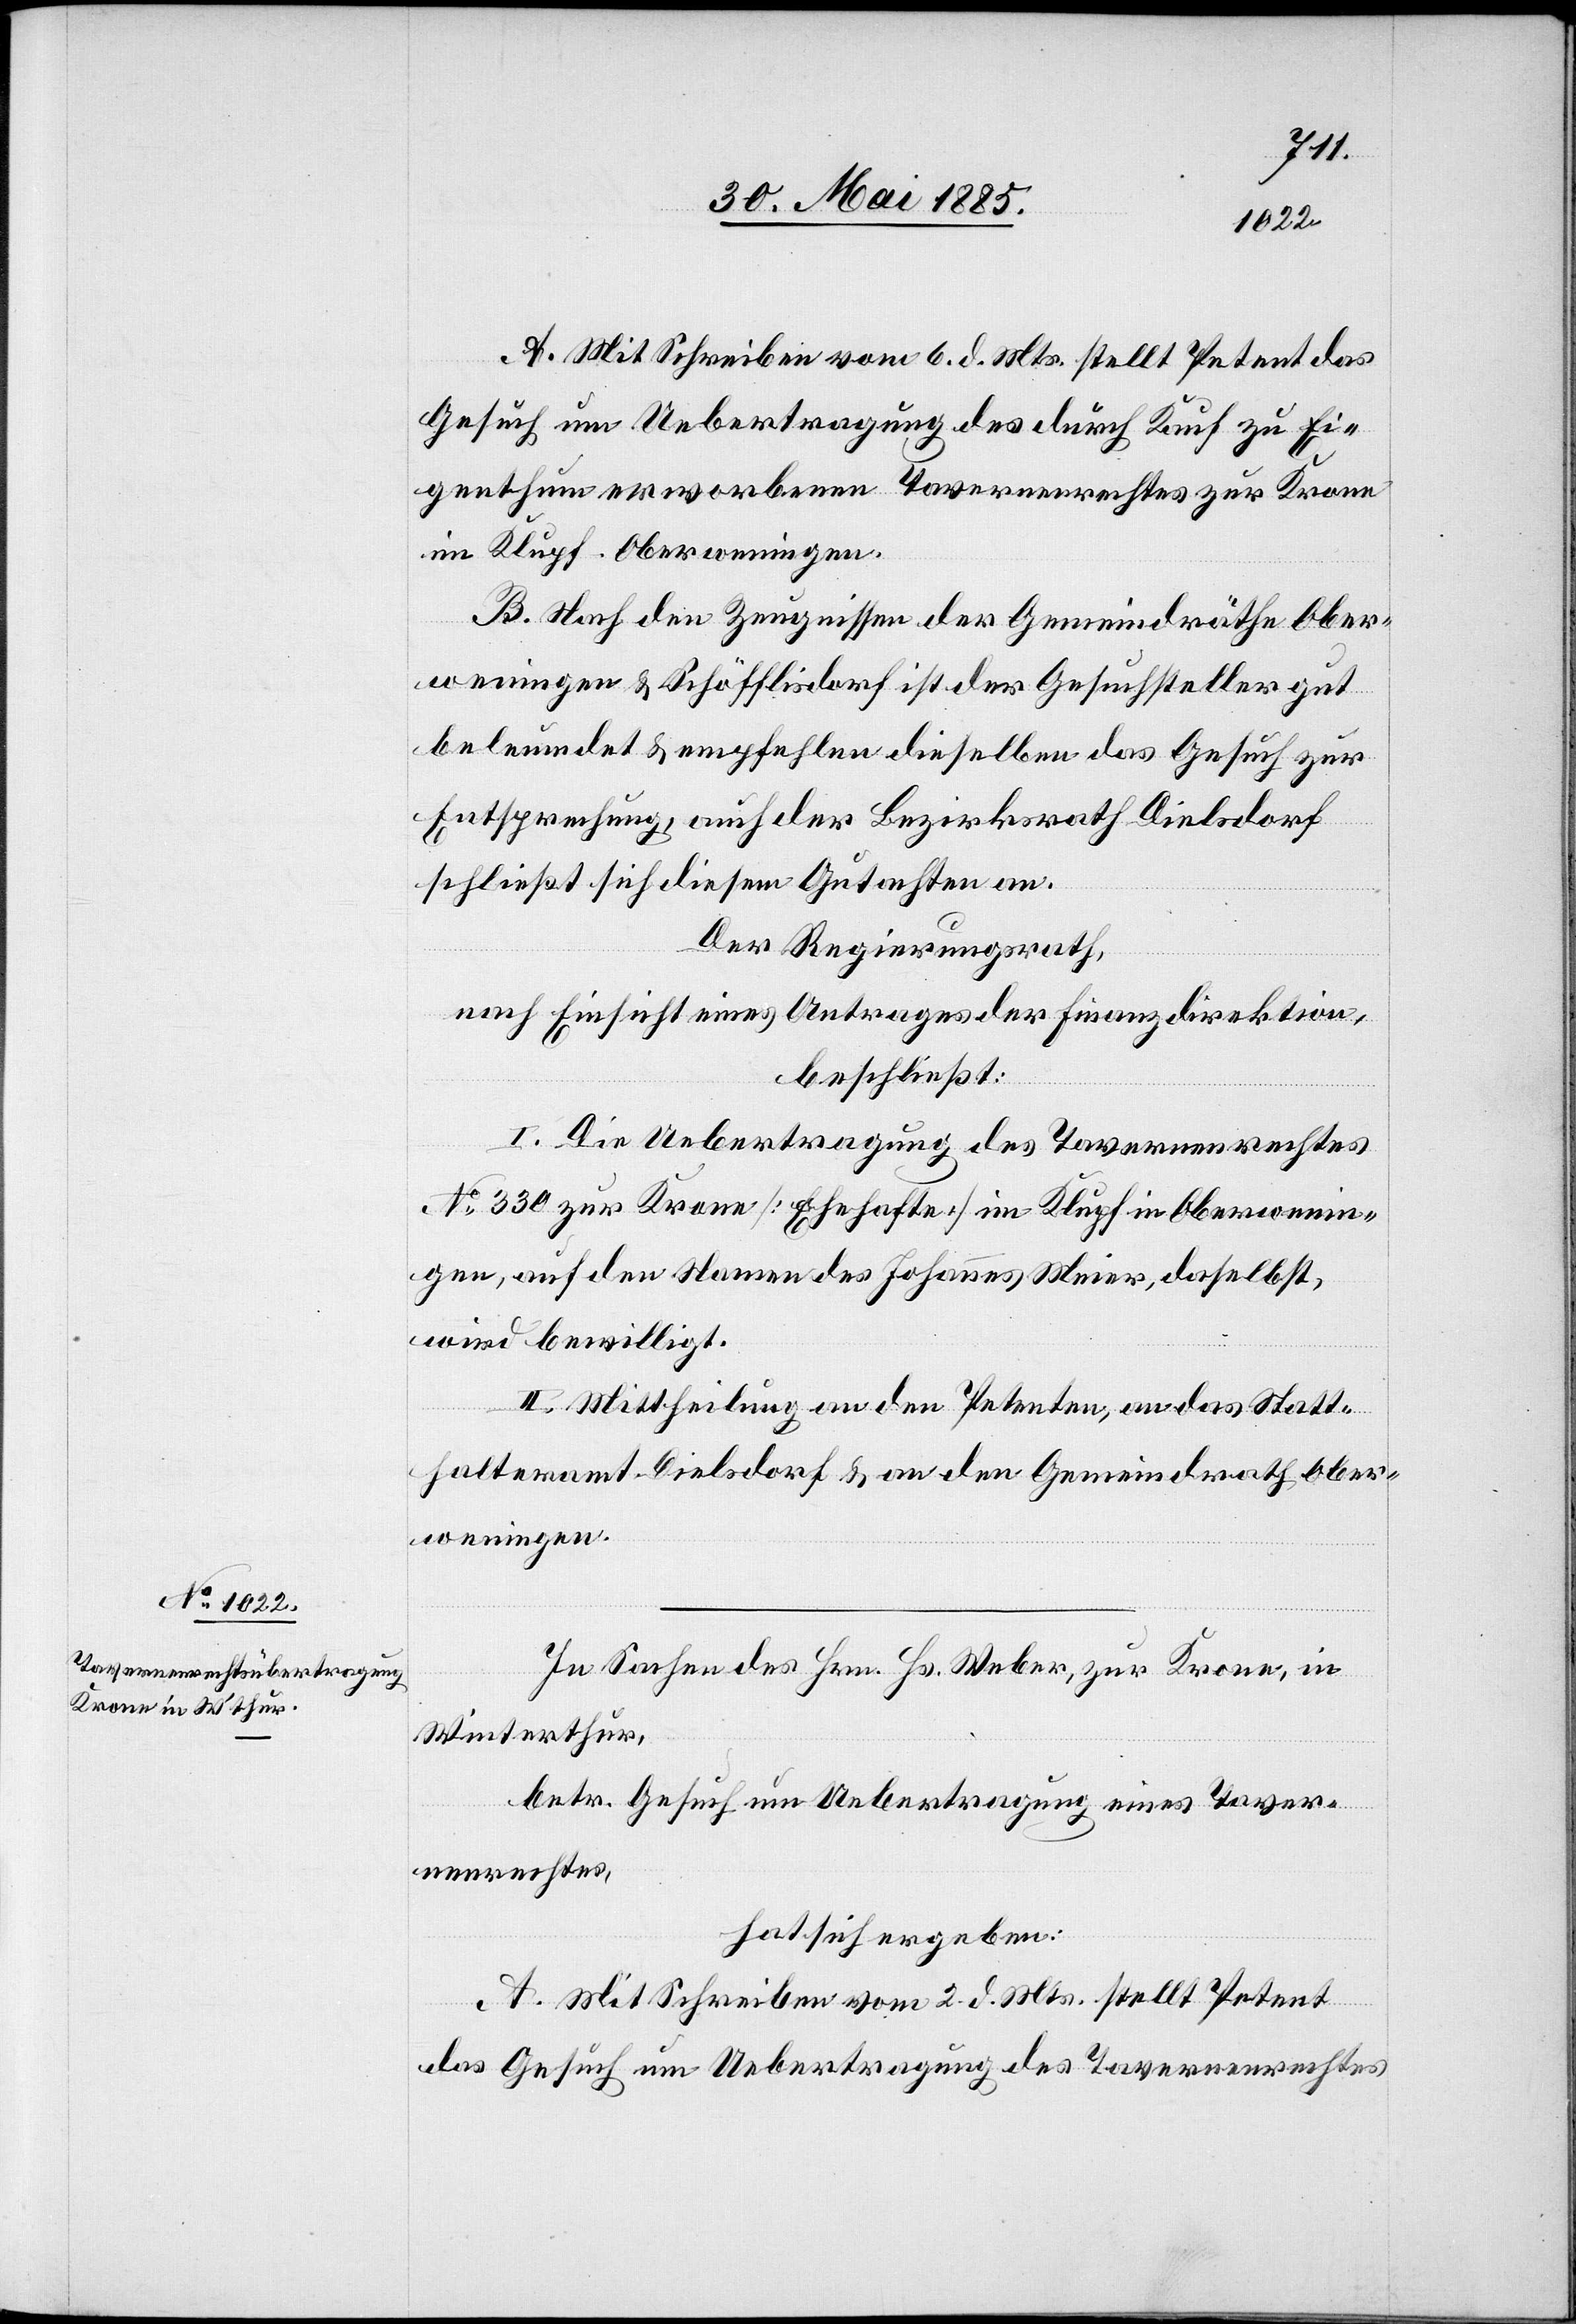
A. Mit Schreiben vom 6. d. Mts. stellt Petent das
Gesuch um Uebtragung des durch Kauf zu Ei¬
genthum erworbenen Tavernenrechtes zur Krone
in Klupf - Oberweningen.
B. Nach den Zeugnissen der Gemeindräthe Ober¬
weningen & Schöffisdorf ist der Gesuchsteller gut
beleumdet & empfehlen dieselben das Gesuch zur
Entsprechung, auch der Bezirksrath Dielsdorf
schließt sich diesem Gutachten an.
Der Regierungsrath,
nach Einsicht eines Antrages der Finanzdirektion,
beschließt:
I. Die Uebrtragung des Tavernenrechtes
No 330 zur Krone [Ehehafte] in Klupf in Oberwenin¬
gen, auf den Namen des Johannes Meier, daselbst,
wird bewilligt.
II. Mittheilung an den Petenten, an das Statt¬
halteramt Dielsdorf & an den Gemeindrath Ober¬
weningen.
In Sachen des Hrn. Hs. Weber, zur Krone, in
Winterthur,
betr. Gesuch um Uebertragung eines Taver¬
nenrechtes,
hat sich ergeben:
A. Mit Schreiben vom 2. d. Mts. stellt Petent
das Gesuch um Uebertragung des Tavernenrechtes